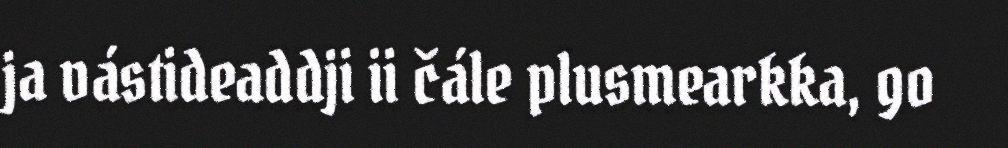
ja vástideaddji ii čále plusmearkka, go